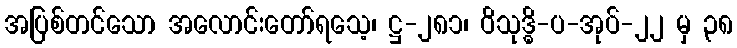
အပြစ်တင်သော အလောင်းတော်ရသေ့၊ ဋ္ဌ-၂၈၁၊ ဝိသုဒ္ဓိ-ပ-အုပ်-၂၂ မှ ၃၈